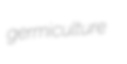
germiculture